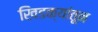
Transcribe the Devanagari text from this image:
खिडक्यांतून